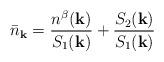
LaTeX: \begin{align*}{\bar{n}}_{ {\bf{k}} } = \frac{ n^{\beta}({\bf{k}}) }{S_{1}({\bf{k}}) }+ \frac{ S_{2}({\bf{k}}) }{S_{1}({\bf{k}}) }\end{align*}